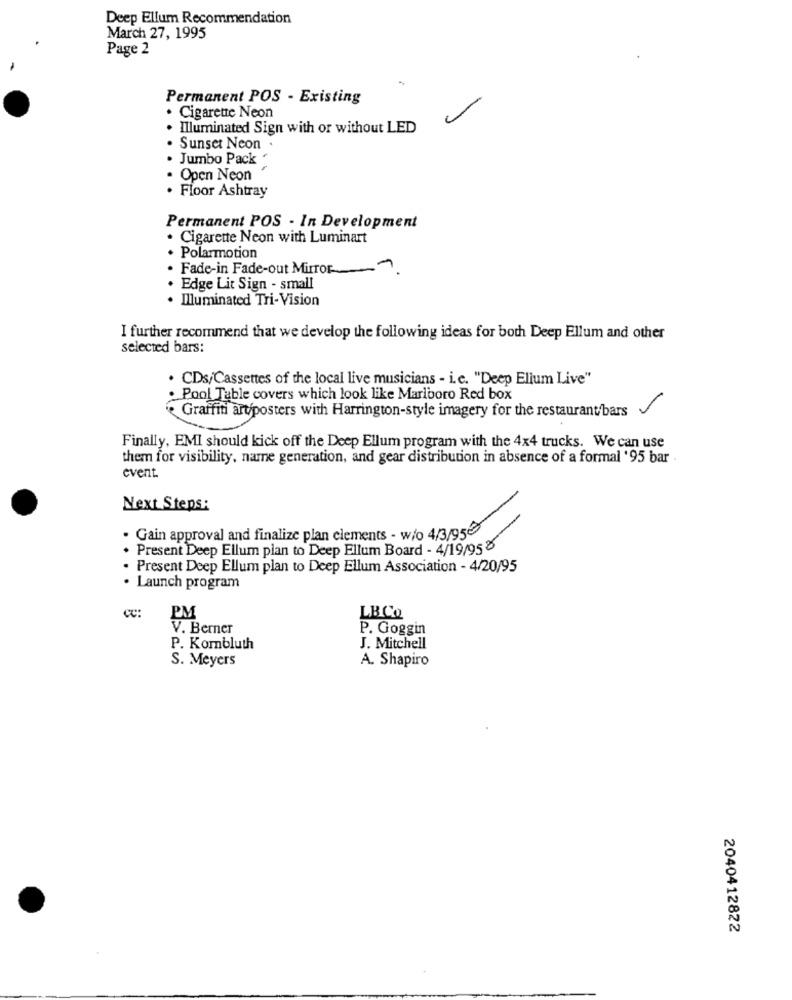
Deep Ellum Recommendation
March 27, 1995
Page 2
-
Permanent POS - Existing
. Cigarette Neon
. Illuminated Sign with or without LED
. Sunset Neon .
. Jumbo Pack '
. Open Neon
. Floor Ashtray
Permanent POS - In Development
. Cigarette Neon with Luminart
Polarmotion
. Fade-in Fade-out Mirror
Edge Lit Sign - small
Illuminated Tri-Vision
I further recommend that we develop the following ideas for both Deep Ellum and other
selected bars:
. CDs/Cassettes of the local live musicians - i.c. "Deep Ellum Live"
Pool Table covers which look like Marlboro Red box
Graffiti art/posters with Harrington-style imagery for the restaurant/bars
Finally, EMI should kick off the Deep Ellum program with the 4x4 trucks. We can use
them for visibility, name generation, and gear distribution in absence of a formal '95 bar
event
Next Steps:
. Gain approval and finalize plan clements - w/o 4/3/95
Present Deep Ellum plan to Deep Ellum Board - 4/19/953
Present Deep Ellum plan to Deep Ellum Association - 4/20/95
· Launch program
cc:
PM
LBCO
V. Berner
P. Goggin
P. Kombluth
J. Mitchell
S. Meyers
A. Shapiro
2040412822